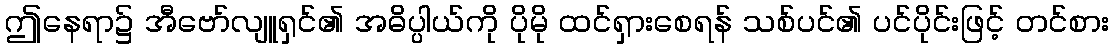
ဤနေရာ၌ အီဗော်လျူရှင်၏ အဓိပ္ပါယ်ကို ပိုမို ထင်ရှားစေရန် သစ်ပင်၏ ပင်ပိုင်းဖြင့် တင်စား